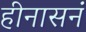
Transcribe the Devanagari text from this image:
हीनासनं